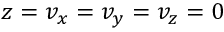
z = v _ { x } = v _ { y } = v _ { z } = 0